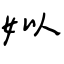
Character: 姒